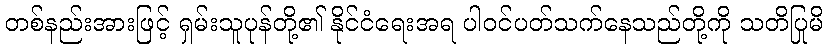
တစ်နည်းအားဖြင့် ရှမ်းသူပုန်တို့၏ နိုင်ငံရေးအရ ပါဝင်ပတ်သက်နေသည်တို့ကို သတိပြုမိ